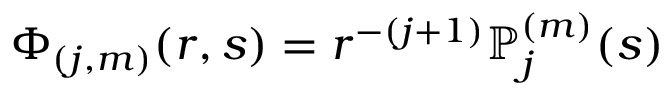
\Phi _ { ( j , m ) } ( r , s ) = r ^ { - ( j + 1 ) } \mathbb { P } _ { j } ^ { ( m ) } ( s )